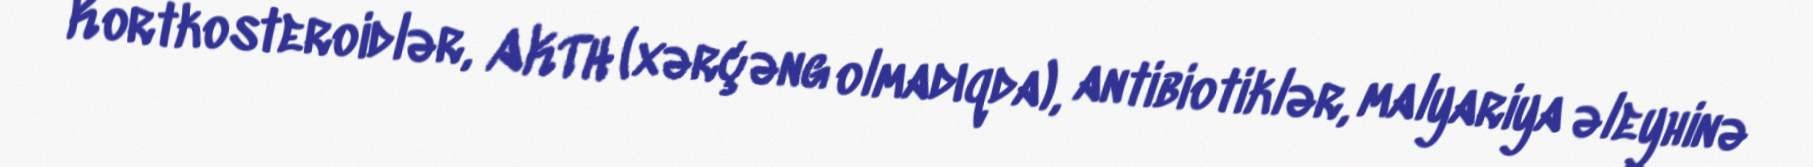
Kortkosteroidlər, AKTH (xərçəng olmadıqda), antibiotiklər, malyariya əleyhinə